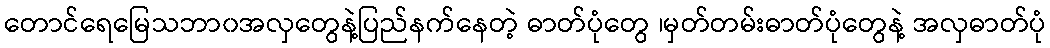
တောင်ရေမြေသဘာ၀အလှတွေနဲ့ပြည်နက်နေတဲ့ ဓာတ်ပုံတွေ ၊မှတ်တမ်းဓာတ်ပုံတွေနဲ့ အလှဓာတ်ပုံ